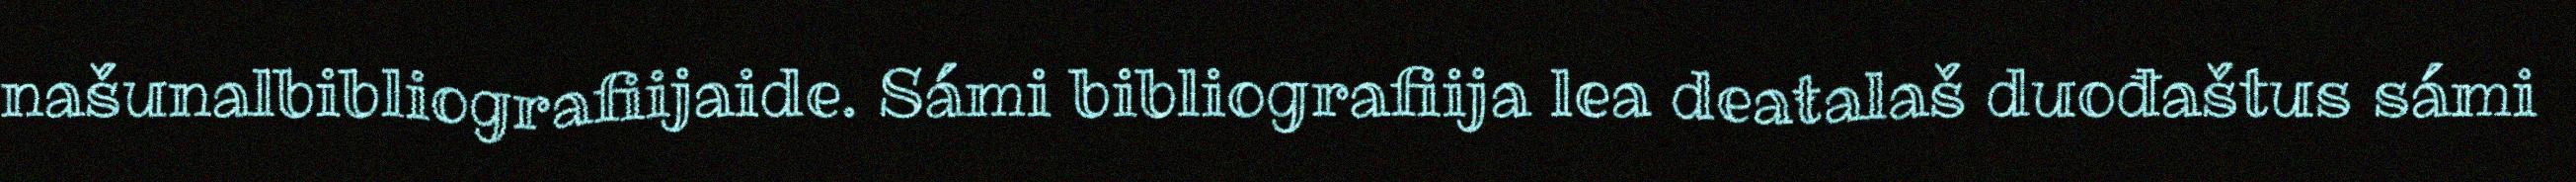
našunalbibliografiijaide. Sámi bibliografiija lea deaŧalaš duođaštus sámi